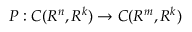
P : C ( R ^ { n } , R ^ { k } ) \to C ( R ^ { m } , R ^ { k } )